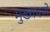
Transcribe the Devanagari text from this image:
मुख्यपणे